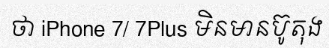
ថា iPhone 7/ 7Plus មិនមានប៊ូតុង